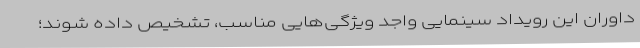
داوران این رویداد سینمایی واجد ویژگی‌هایی مناسب، تشخیص داده شوند؛